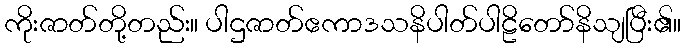
ကိုးဇာတ်တို့တည်း။ ပါဌဇာတ်ဧကာဒသနိပါတ်ပါဠိတော်နိသျပြီး၏။